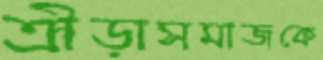
ক্রীড়াসমাজকে